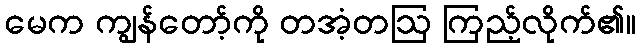
မေက ကျွန်တော့်ကို တအံ့တဩ ကြည့်လိုက်၏။